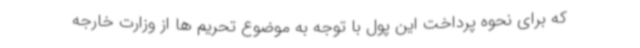
که برای نحوه پرداخت این پول با توجه به موضوع تحریم ها از وزارت خارجه